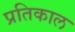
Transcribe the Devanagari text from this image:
प्रतिकाल